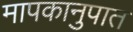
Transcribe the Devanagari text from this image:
मापकानुपात